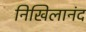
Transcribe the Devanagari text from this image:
निखिलानंद